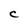
Character: C